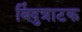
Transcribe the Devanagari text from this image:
बिंदुत्राटक